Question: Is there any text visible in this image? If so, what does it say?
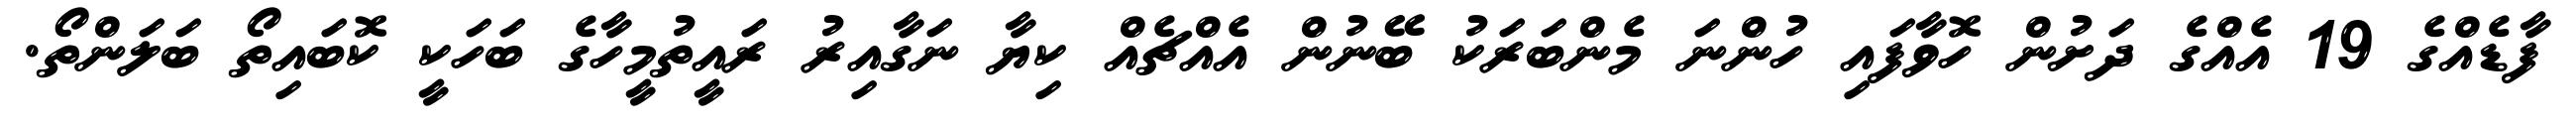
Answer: ފާޑެއްގެ 19 އެއްގެ ދަށުން ހޮވާފައި ހުންނަ މެންބަރަކު ބޭނުން އެއްޗެއް ކިޔާ ނަގާއިރު ރައީތުމީހާގެ ބަހަކީ ކޮބައިތޯ ބަލަންތޯ.